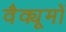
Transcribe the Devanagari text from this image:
वैक्यूमों